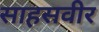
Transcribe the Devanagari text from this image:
साहसवीर